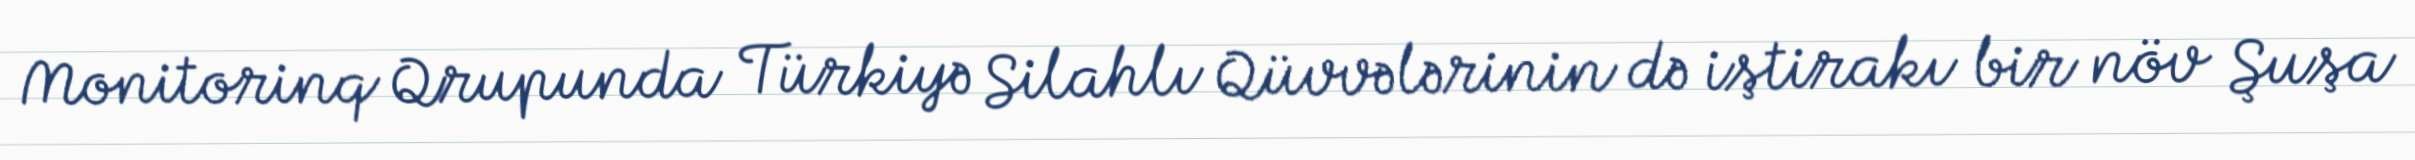
Monitorinq Qrupunda Türkiyə Silahlı Qüvvələrinin də iştirakı bir növ Şuşa